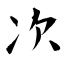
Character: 次